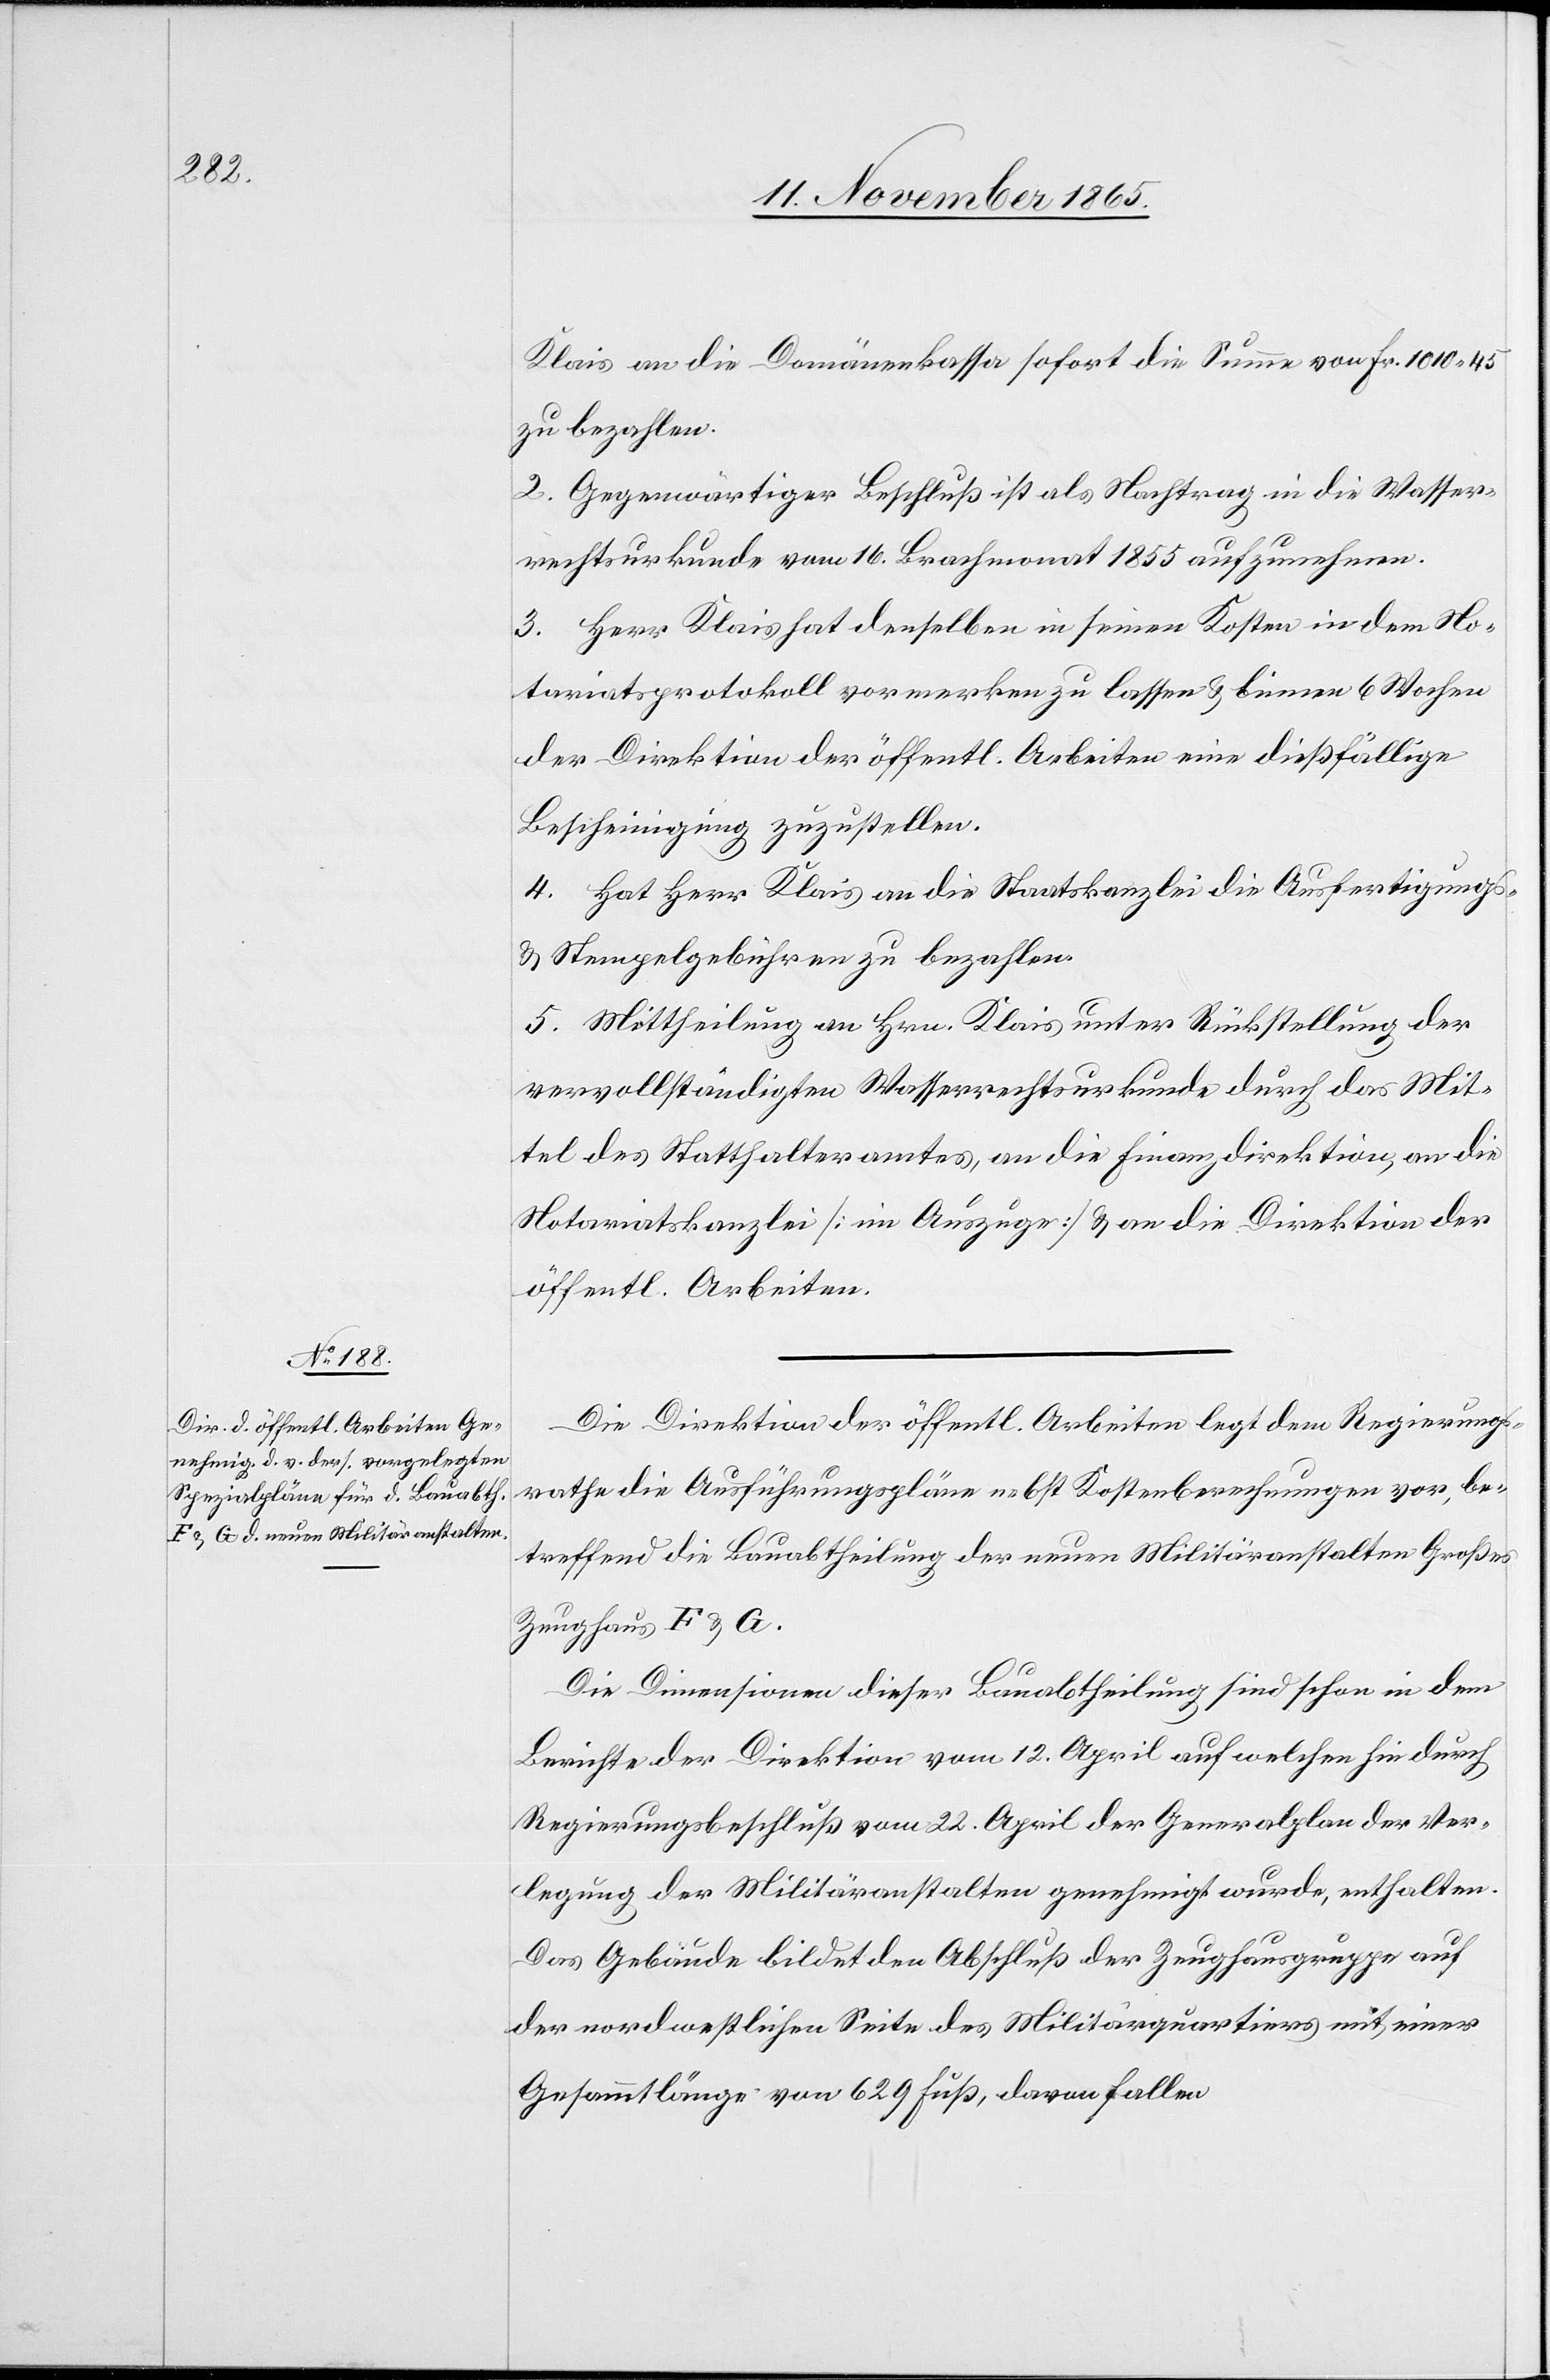
Klais an die Domänenkassa sofort die Summe von Fr. 1010.45
zu bezahlen.
2. Gegenwärtiger Beschluß ist als Nachtrag in die Wasser¬
rechtsurkunde vom 16. Brachmonat 1855 aufzunehmen.
3. Herr Klais hat denselben in seinen Kosten in dem No¬
tariatsprotokoll vormerken zu lassen & binnen 6 Wochen
der Direktion der öffentl. Arbeiten eine dießfällige
Bescheinigung zuzustellen.
4. Hat Herr Klais an die Staatskanzlei die Ausfertigungs-
& Stempelgebühren zu bezahlen.
5. Mittheilung an Hrn. Klais unter Rückstellung der
vervollständigten Wasserrechtsurkunde durch das Mit¬
tel des Statthalteramtes, an die Finanzdirektion, an die
Notariatskanzlei [im Auszuge] & an die Direktion der
öffentl. Arbeiten.
Die Direktion der öffentl. Arbeiten legt dem Regierungs¬
rathe die Ausführungspläne nebst Kostenberechnungen vor, be¬
treffend die Bauabtheilung der neuen Militäranstalten Großes
Zeughaus F & G.
Die Dimensionen dieser Bauabtheilung sind schon in dem
Berichte der Direktion vom 12. April auf welchen sie durch
Regierungsbeschluß vom 22. April der Generalplan der Ver¬
legung der Militäranstalten genehmigt wurde, enthalten.
Das Gebäude bildet den Abschluß der Zeughausgruppe auf
der nordwestlichen Seite des Militärquartiers mit einer
Gesammtlänge von 629 Fuß, davon fallen